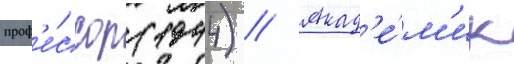
проф'е́ссор (1944) // Акад'е́м'ик